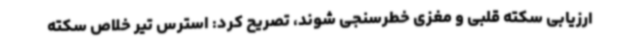
ارزیابی سکته قلبی و مغزی خطرسنجی شوند، تصریح کرد: استرس تیر خلاص سکته